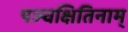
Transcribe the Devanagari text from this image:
पञ्चक्षितिनाम्